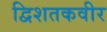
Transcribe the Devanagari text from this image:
द्विशतकवीर